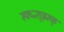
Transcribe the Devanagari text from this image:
स्फ्ध्ज्श्झ्स्फ्